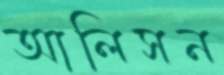
আলিসন